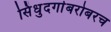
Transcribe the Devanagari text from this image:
सिंधुदर्गाबरोबरच